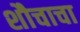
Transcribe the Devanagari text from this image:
शौचाचा